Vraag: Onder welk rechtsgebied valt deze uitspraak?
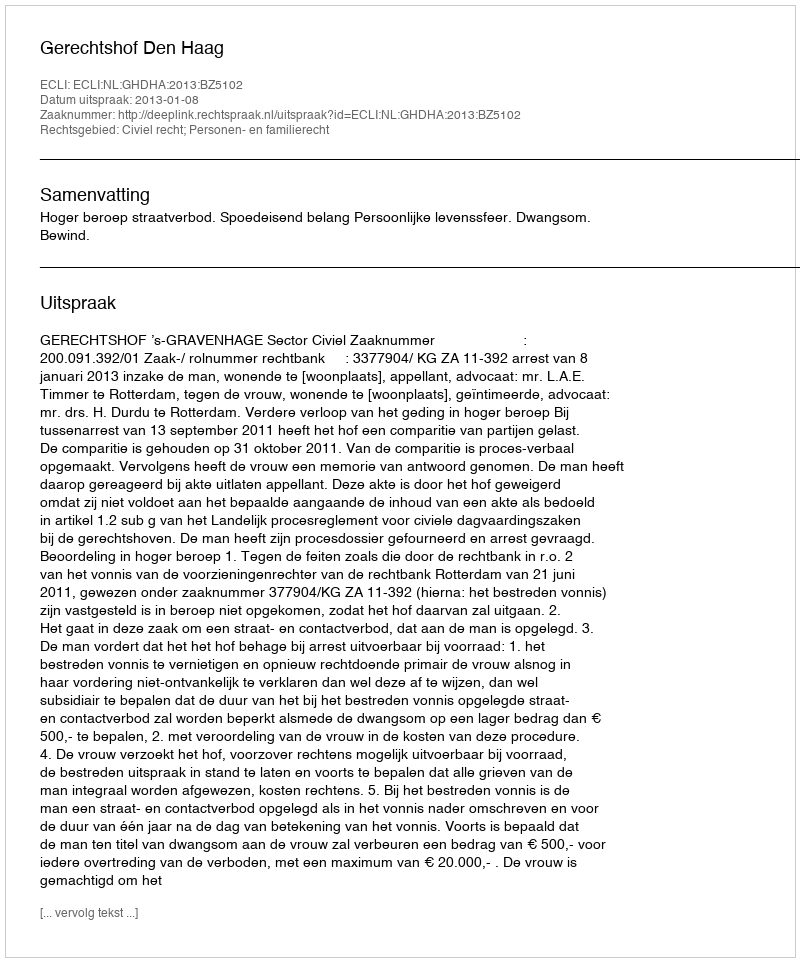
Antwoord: Civiel recht; Personen- en familierecht